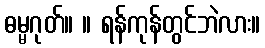
ဓမ္မဂုတ်။ ။ ရန်ကုန်တွင်ဘဲလား။